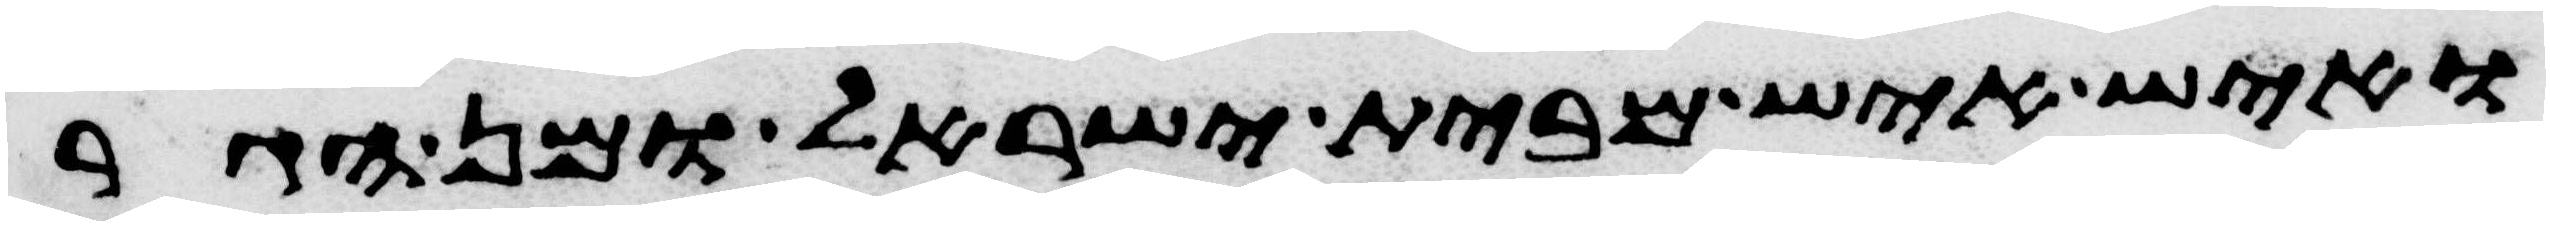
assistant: ואיש איש מבית ישראל ומן הגר